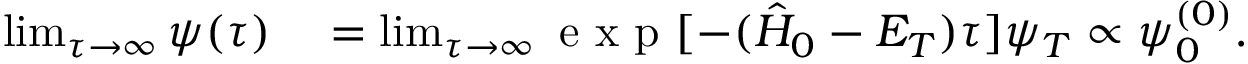
\begin{array} { r l } { \operatorname* { l i m } _ { \tau \to \infty } \psi ( \tau ) } & { { } = \operatorname* { l i m } _ { \tau \to \infty } \mathrm { ~ e ~ x ~ p ~ } [ - ( \hat { H } _ { 0 } - E _ { T } ) \tau ] \psi _ { T } \propto \psi _ { 0 } ^ { ( 0 ) } . } \end{array}